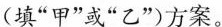
(填”甲”或”乙”)方案。